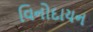
વિનોદાયન